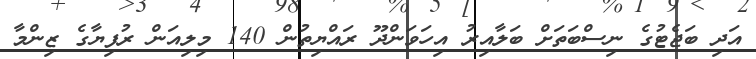
އަދި ބަޖެޓުގެ ނިސްބަތަށް ބަލާއިރު އިހަވަންދޫ ރައްޔިތުން 140 މިލިއަން ރުފިޔާގެ ޒިންމާ